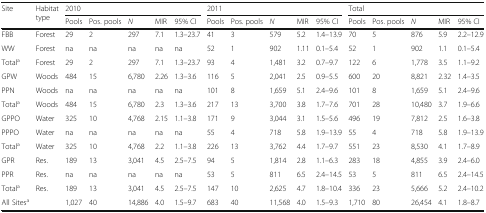
<table><thead><tr><td rowspan="2"><b>Site</b></td><td rowspan="2"><b>Habitat type</b></td><td colspan="5"><b>2010</b></td><td colspan="5"><b>2011</b></td><td colspan="5"><b>Total</b></td></tr><tr><td><b>Pools</b></td><td><b>Pos. pools</b></td><td><b><i>N</i></b></td><td><b>MIR</b></td><td><b>95% CI</b></td><td><b>Pools</b></td><td><b>Pos. pools</b></td><td><b><i>N</i></b></td><td><b>MIR</b></td><td><b>95% CI</b></td><td><b>Pools</b></td><td><b>Pos. pools</b></td><td><b><i>N</i></b></td><td><b>MIR</b></td><td><b>95% CI</b></td></tr></thead><tbody><tr><td>FBB</td><td>Forest</td><td>29</td><td>2</td><td>297</td><td>7.1</td><td>1.3–23.7</td><td>41</td><td>3</td><td>579</td><td>5.2</td><td>1.4–13.9</td><td>70</td><td>5</td><td>876</td><td>5.9</td><td>2.2–12.9</td></tr><tr><td>WW</td><td>Forest</td><td>na</td><td>na</td><td>na</td><td>na</td><td>na</td><td>52</td><td>1</td><td>902</td><td>1.11</td><td>0.1–5.4</td><td>52</td><td>1</td><td>902</td><td>1.1</td><td>0.1–5.4</td></tr><tr><td>Total<sup>a</sup></td><td>Forest</td><td>29</td><td>2</td><td>297</td><td>7.1</td><td>1.3–23.7</td><td>93</td><td>4</td><td>1,481</td><td>3.2</td><td>0.7–9.7</td><td>122</td><td>6</td><td>1,778</td><td>3.5</td><td>1.1–9.2</td></tr><tr><td>GPW</td><td>Woods</td><td>484</td><td>15</td><td>6,780</td><td>2.26</td><td>1.3–3.6</td><td>116</td><td>5</td><td>2,041</td><td>2.5</td><td>0.9–5.5</td><td>600</td><td>20</td><td>8,821</td><td>2.32</td><td>1.4–3.5</td></tr><tr><td>PPN</td><td>Woods</td><td>na</td><td>na</td><td>na</td><td>na</td><td>na</td><td>101</td><td>8</td><td>1,659</td><td>5.1</td><td>2.4–9.6</td><td>101</td><td>8</td><td>1,659</td><td>5.1</td><td>2.4–9.6</td></tr><tr><td>Total<sup>a</sup></td><td>Woods</td><td>484</td><td>15</td><td>6,780</td><td>2.3</td><td>1.3–3.6</td><td>217</td><td>13</td><td>3,700</td><td>3.8</td><td>1.7–7.6</td><td>701</td><td>28</td><td>10,480</td><td>3.7</td><td>1.9–6.6</td></tr><tr><td>GPPO</td><td>Water</td><td>325</td><td>10</td><td>4,768</td><td>2.15</td><td>1.1–3.8</td><td>171</td><td>9</td><td>3,044</td><td>3.1</td><td>1.5–5.6</td><td>496</td><td>19</td><td>7,812</td><td>2.5</td><td>1.6–3.8</td></tr><tr><td>PPPO</td><td>Water</td><td>na</td><td>na</td><td>na</td><td>na</td><td>na</td><td>55</td><td>4</td><td>718</td><td>5.8</td><td>1.9–13.9</td><td>55</td><td>4</td><td>718</td><td>5.8</td><td>1.9–13.9</td></tr><tr><td>Total<sup>a</sup></td><td>Water</td><td>325</td><td>10</td><td>4,768</td><td>2.2</td><td>1.1–3.8</td><td>226</td><td>13</td><td>3,762</td><td>4.4</td><td>1.7–9.7</td><td>551</td><td>23</td><td>8,530</td><td>4.1</td><td>1.7–8.9</td></tr><tr><td>GPR</td><td>Res.</td><td>189</td><td>13</td><td>3,041</td><td>4.5</td><td>2.5–7.5</td><td>94</td><td>5</td><td>1,814</td><td>2.8</td><td>1.1–6.3</td><td>283</td><td>18</td><td>4,855</td><td>3.9</td><td>2.4–6.0</td></tr><tr><td>PPR</td><td>Res.</td><td>na</td><td>na</td><td>na</td><td>na</td><td>na</td><td>53</td><td>5</td><td>811</td><td>6.5</td><td>2.4–14.5</td><td>53</td><td>5</td><td>811</td><td>6.5</td><td>2.4–14.5</td></tr><tr><td>Total<sup>a</sup></td><td>Res.</td><td>189</td><td>13</td><td>3,041</td><td>4.5</td><td>2.5–7.5</td><td>147</td><td>10</td><td>2,625</td><td>4.7</td><td>1.8–10.4</td><td>336</td><td>23</td><td>5,666</td><td>5.2</td><td>2.4–10.2</td></tr><tr><td>All Sites<sup>a</sup></td><td></td><td>1,027</td><td>40</td><td>14,886</td><td>4.0</td><td>1.5–9.7</td><td>683</td><td>40</td><td>11,568</td><td>4.0</td><td>1.5–9.3</td><td>1,710</td><td>80</td><td>26,454</td><td>4.1</td><td>1.8–8.7</td></tr></tbody></table>